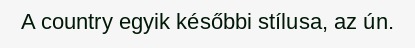
A country egyik későbbi stílusa, az ún.